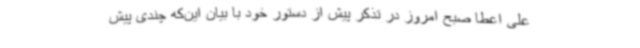
علی اعطا صبح امروز در تذکر پیش از دستور خود با بیان این‌که چندی پیش